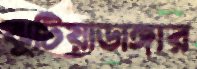
ঝুটিয়াডাঙ্গার